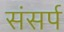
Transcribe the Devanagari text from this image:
संसर्प